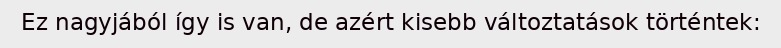
Ez nagyjából így is van, de azért kisebb változtatások történtek: